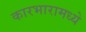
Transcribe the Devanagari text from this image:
कारभारामध्ये